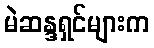
မဲဆန္ဒရှင်များက